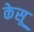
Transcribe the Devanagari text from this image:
केसू